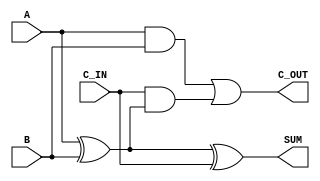

//////////////////////////////////////////////////////////////////////////////////
// Company: 
// Engineer: 
// 
// Design Name: 
// Module Name: FA_GATE
// Project Name: 
// Target Devices: 
// Tool Versions: 
// Description: 
// 
// Dependencies: 
// 
// Revision:
// Revision 0.01 - File Created
// Additional Comments:
// 
//////////////////////////////////////////////////////////////////////////////////


module FA_GATE(input A,B,C_IN,
                output SUM,C_OUT);

    wire x,y,z;
    
    xor U00 (x,A,B); //Instantiate primitive gate
    and U01 (y,A,B);//Instantiate primitive gate
    and U02 (z,C_IN,x); //instantiate second gate
    xor U03 (SUM,x,C_IN);
    or U04 (C_OUT,y,z);
endmodule